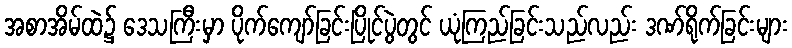
အစာအိမ်ထဲ၌ ဒေသကြီးမှာ ပိုက်ကျော်ခြင်းပြိုင်ပွဲတွင် ယုံကြည်ခြင်းသည်လည်း ဒဏ်ရိုက်ခြင်းများ